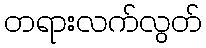
တရားလက်လွတ်